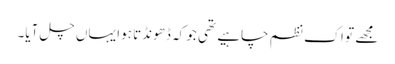
مجھے تو اک نظم چاہیے تھی جو کہ ڈھونڈتا ہوا یہاں چل آیا۔